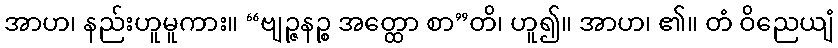
အာဟ၊ နည်းဟူမူကား။ “ဗျဉ္ဇနဉ္စ အတ္ထော စာ”တိ၊ ဟူ၍။ အာဟ၊ ၏။ တံ ဝိညေယျံ